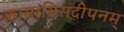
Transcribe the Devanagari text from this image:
कामाग्निसंदीपनम्